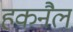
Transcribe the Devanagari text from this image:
हकनैल